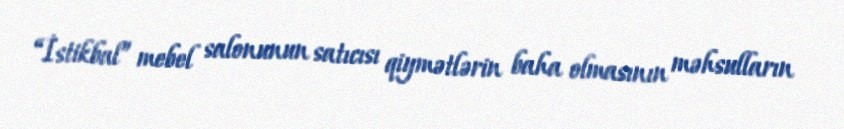
“İstikbal” mebel salonunun satıcısı qiymətlərin baha olmasının məhsulların